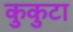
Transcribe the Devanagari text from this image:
कुकुटा